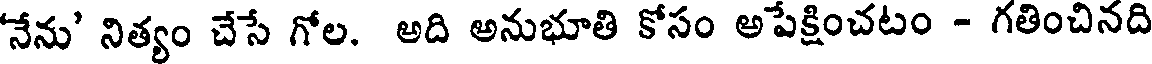
'నేను' నిత్యం చేసే గోల. అది అనుభూతి కోసం అపేక్షించటం - గతించినది